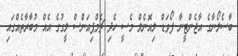
ބާސެލޯނާގެ އާޖެންޓީނާ ފޯވަޑް ލިއޮނެލް މެސީ ހެދި ޗެމްޕިއަންސް ލީގުގެ އެއް މުބާރާތެއްގައި